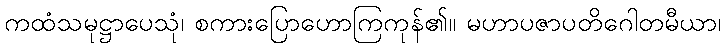
ကထံသမုဋ္ဌာပေသုံ၊ စကားပြောဟောကြကုန်၏။ မဟာပဇာပတိဂေါတမီယာ၊